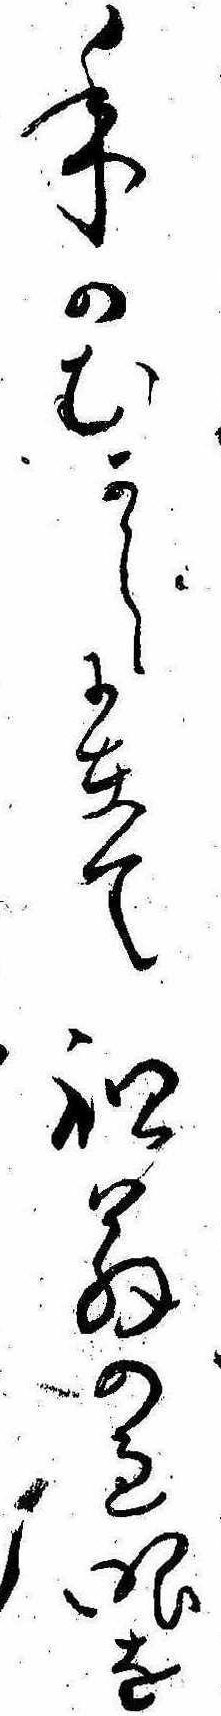
年のむかしに在て祖翁の過眼を